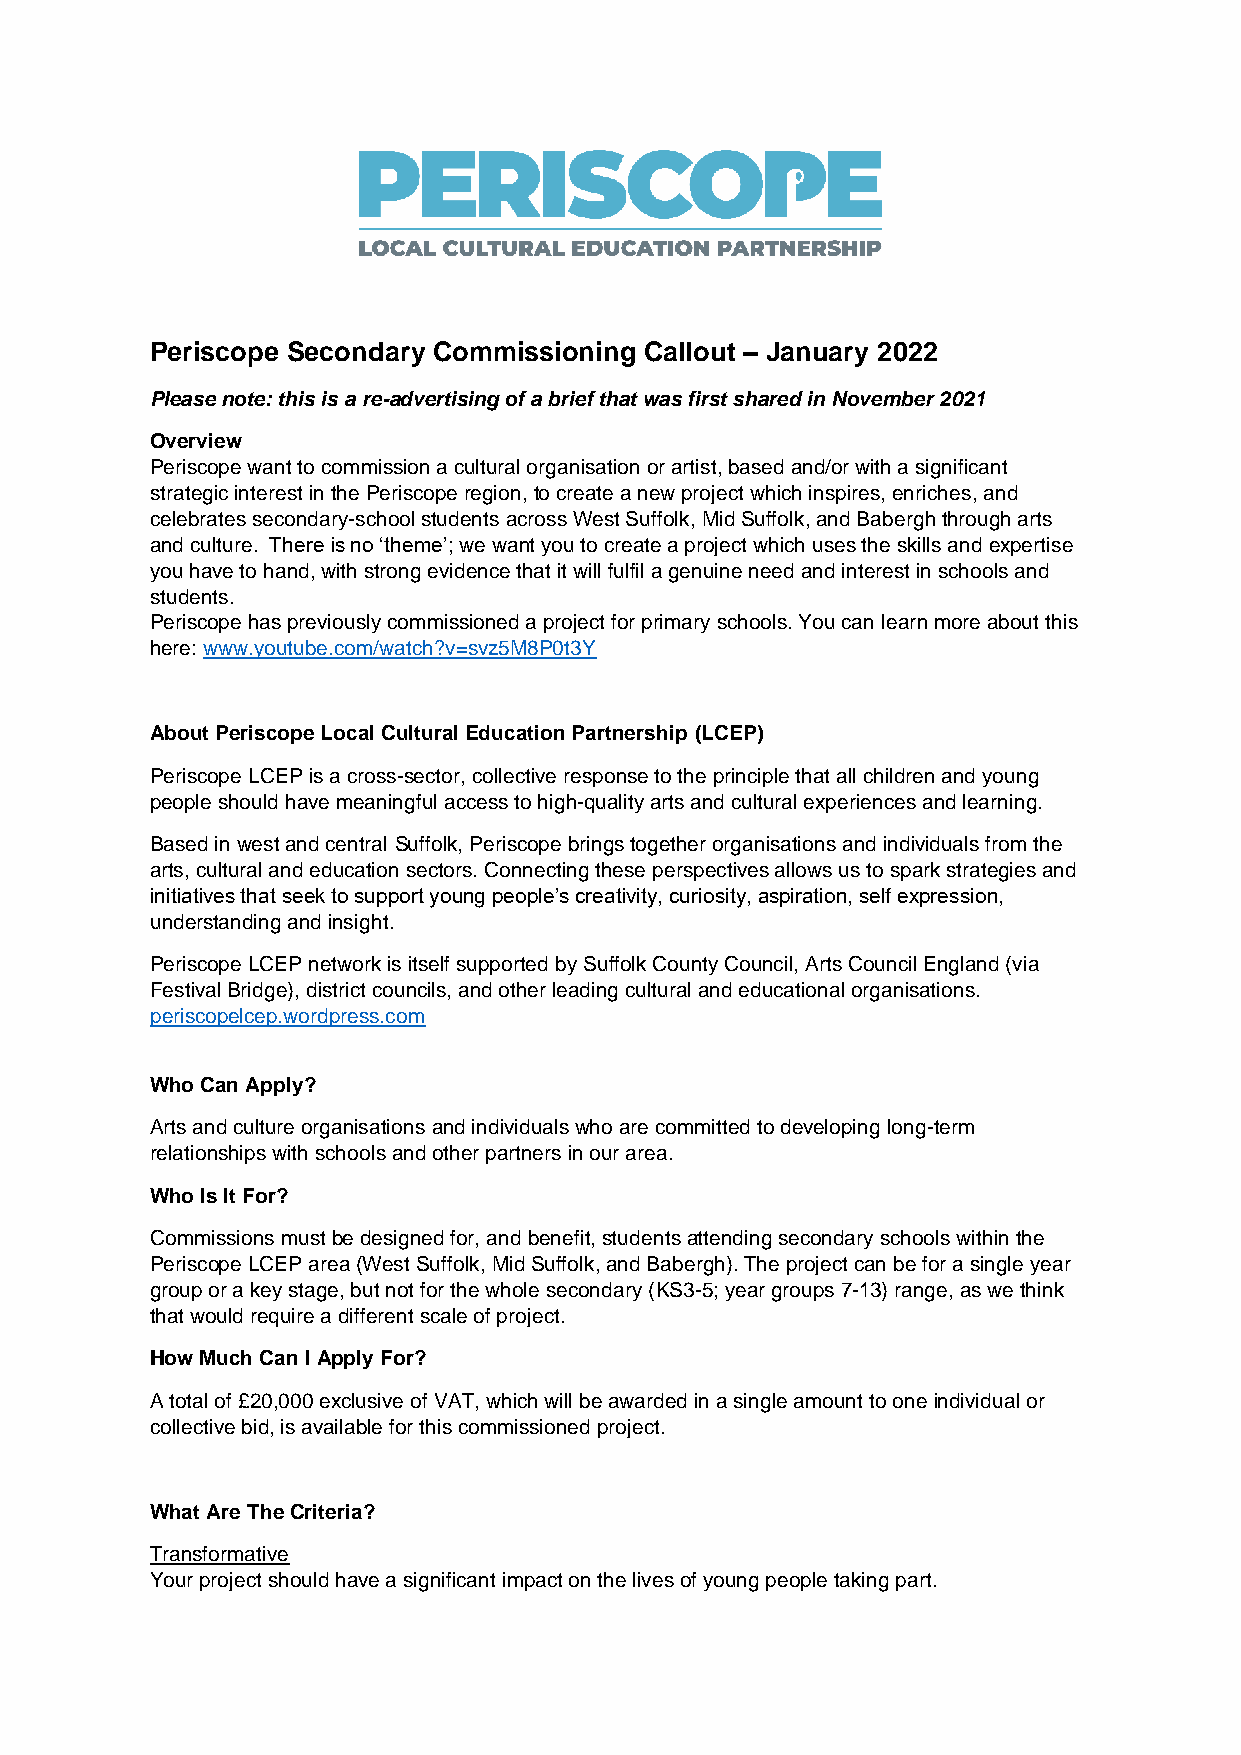
Periscope Secondary Commissioning Callout – January 2022
 Please note: this is a re-advertising of a brief that was first shared in November 2021
 Overview
 Periscope want to commission a cultural organisation or artist, based and/or with a significant
 strategic interest in the Periscope region, to create a new project which inspires, enriches, and
 celebrates secondary-school students across West Suffolk, Mid Suffolk, and Babergh through arts
 and culture. There is no ‘theme’; we want you to create a project which uses the skills and expertise
 you have to hand, with strong evidence that it will fulfil a genuine need and interest in schools and
 students.
 Periscope has previously commissioned a project for primary schools. You can learn more about this
 here: www.youtube.com/watch?v=svz5M8P0t3Y
 About Periscope Local Cultural Education Partnership (LCEP)
 Periscope LCEP is a cross-sector, collective response to the principle that all children and young
 people should have meaningful access to high-quality arts and cultural experiences and learning.
 Based in west and central Suffolk, Periscope brings together organisations and individuals from the
 arts, cultural and education sectors. Connecting these perspectives allows us to spark strategies and
 initiatives that seek to support young people’s creativity, curiosity, aspiration, self expression,
 understanding and insight.
 Periscope LCEP network is itself supported by Suffolk County Council, Arts Council England (via
 Festival Bridge), district councils, and other leading cultural and educational organisations.
 periscopelcep.wordpress.com
 Who Can Apply?
 Arts and culture organisations and individuals who are committed to developing long-term
 relationships with schools and other partners in our area.
 Who Is It For?
 Commissions must be designed for, and benefit, students attending secondary schools within the
 Periscope LCEP area (West Suffolk, Mid Suffolk, and Babergh). The project can be for a single year
 group or a key stage, but not for the whole secondary (KS3-5; year groups 7-13) range, as we think
 that would require a different scale of project.
 How Much Can I Apply For?
 A total of £20,000 exclusive of VAT, which will be awarded in a single amount to one individual or
 collective bid, is available for this commissioned project.
 What Are The Criteria?
 Transformative
 Your project should have a significant impact on the lives of young people taking part.